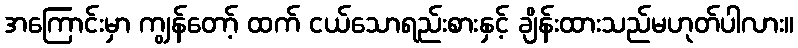
အကြောင်းမှာ ကျွန်တော့် ထက် ငယ်သောရည်းစားနှင့် ချိန်းထားသည်မဟုတ်ပါလား။